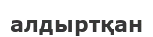
алдыртқан